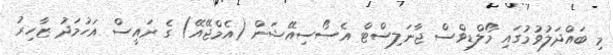
މި ބައްދަލުވުމުގައި މޯލްޑިވްސް ޖާނަލިސްޓް އެސޯސިއޭޝަން (އެމްޖޭއޭ) ގެ ރައީސް އަހުމަދު ޒާހިރު